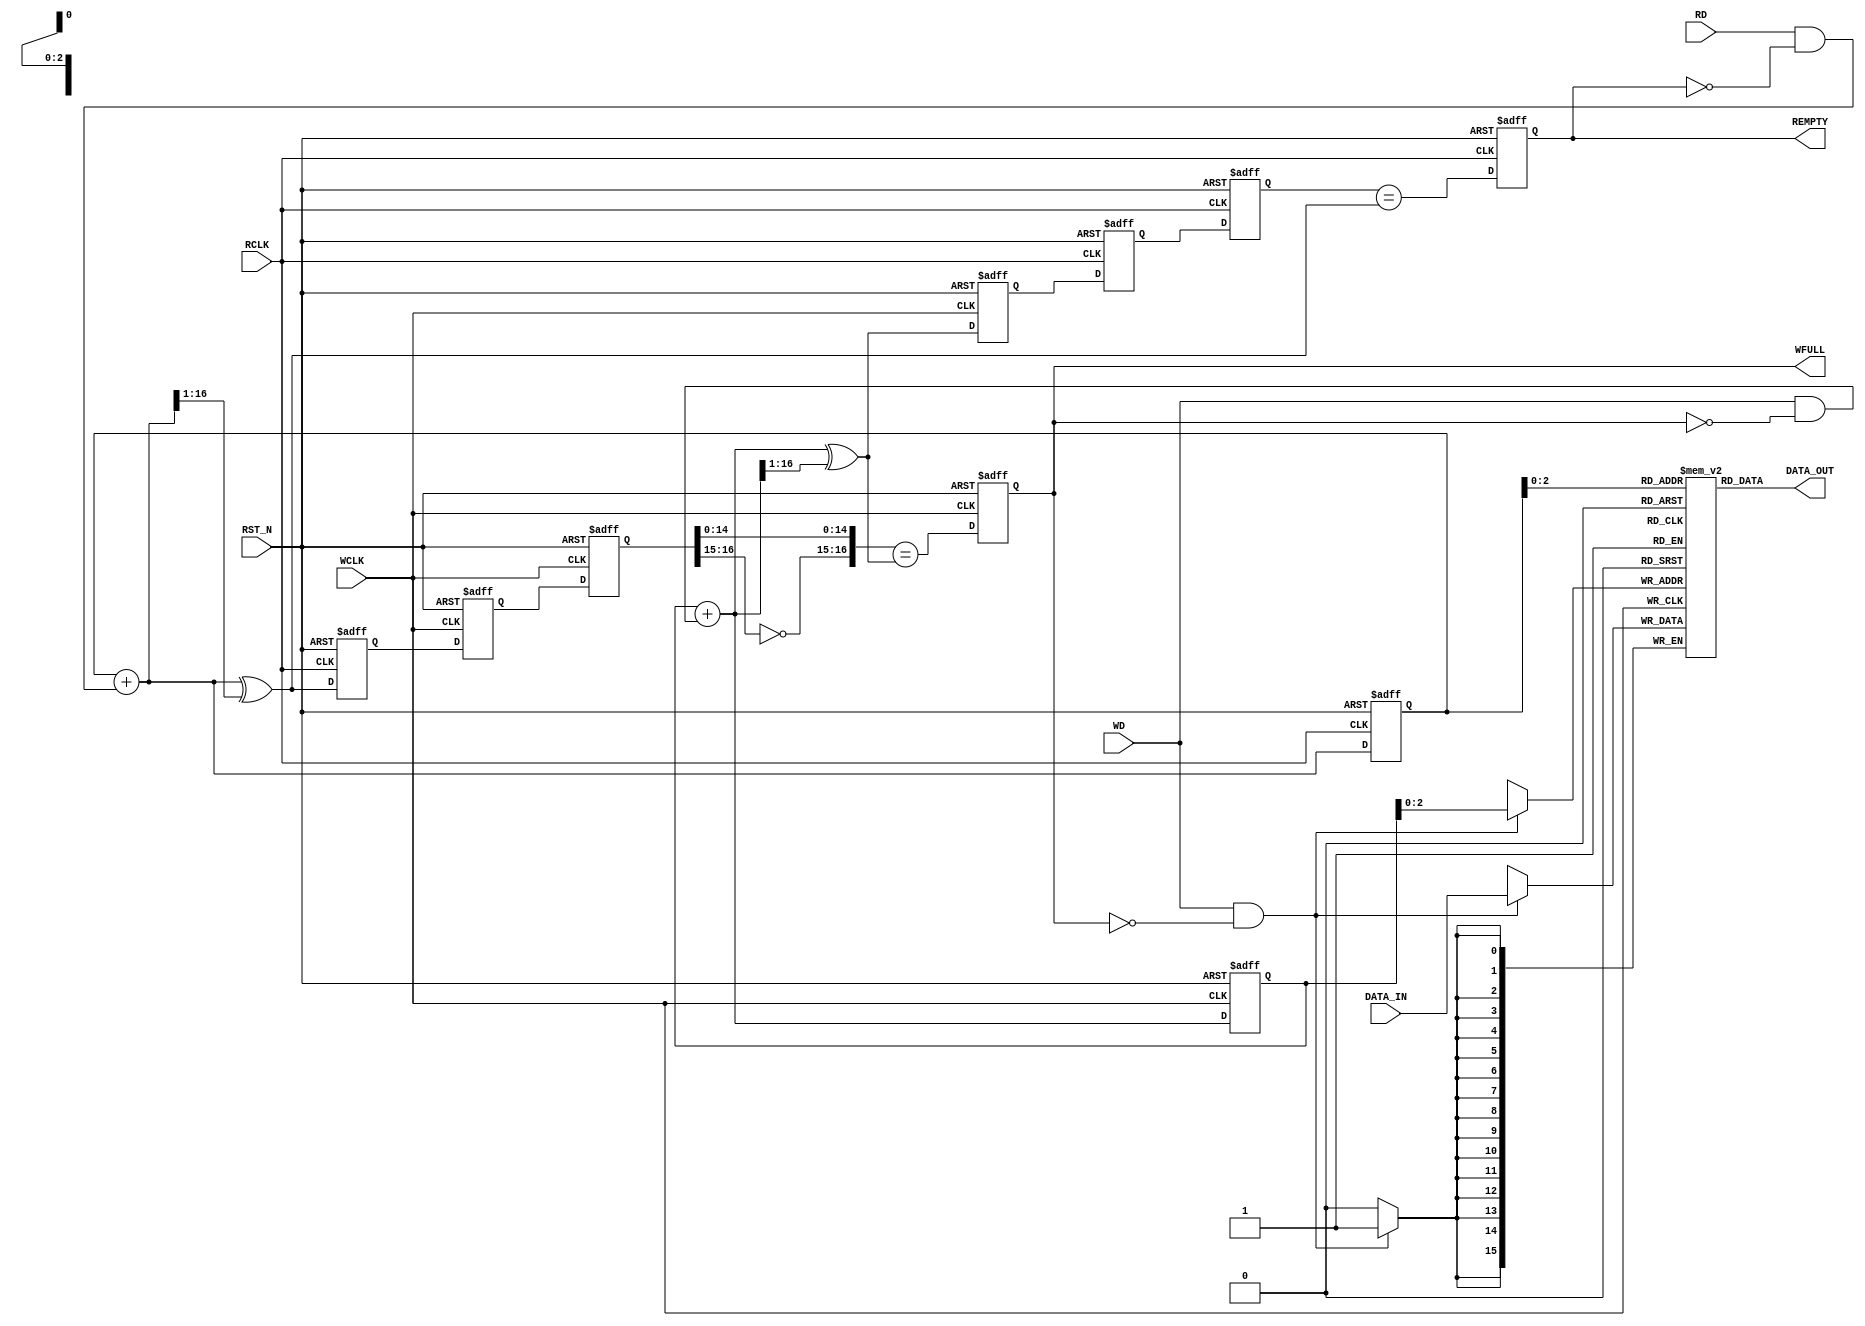
/***********************************************************
************************************************************
*   Writen by: Shilin Tian                                 *
*  Title: synchronous interface for input/output           *
************************************************************
*                                                          *
*  Description: Input frequency 250 MHz. read out in the   *
*                same width at 50 MHz. To avoid overflow,  *
*               one cycle before a new data should be      *
*	        signaled for avoiding loss of data.        *
************************************************************
*Revise history:   5/2/19      BY S.T.                     *
************************************************************
***********************************************************/

`timescale 1 ns / 1 ns
module  ASYN_FIFO(DATA_OUT, DATA_IN, WD, RD, WCLK, RCLK, WFULL, REMPTY, RST_N);
	parameter WIDTH = 16;                           // DATA SIZE
	parameter FIFO_DEPTH = 8;                       // equals to Busrt - Burst f2/f1 (50 MHz / 250 MHz) 
  
	input WCLK, RCLK, WD, RD, RST_N;                // wd -write fifo singal  rd- read fifo singal
	input [WIDTH - 1 : 0] DATA_IN;
	output [WIDTH - 1: 0] DATA_OUT;
	output WFULL, REMPTY;
	
	reg WFULL, REMPTY;
	reg [WIDTH-1:0] MEM [FIFO_DEPTH-1:0];          //FIFO MEMORY 
	wire [WIDTH-1 : 0] WADDR,RADDR;
	reg [WIDTH : 0] WB,RB;                         // wriet/read pointer in binary
	wire [WIDTH : 0] WG_next,RG_next,WB_next,RB_next;
	reg [WIDTH : 0] WP,RP;
	reg [WIDTH : 0] wr1_rp,wr2_rp,rd1_wp,rd2_wp;
	wire REMPTY_SYN,WFULL_SYN;

	//READ DATA
	assign DATA_OUT = MEM[RADDR];

	//WRITE DATA
	always@(posedge WCLK) begin 
		if((WD) && !(WFULL))
			MEM[WADDR] <= DATA_IN;
	end

	//1.generating read adderss ADDR; 2. Gray converting and give it to pointer RP
	always@(posedge RCLK or negedge RST_N) begin 
		if(!RST_N)
			{RB,RP} <= 0;
		else
			{RB,RP} <= {RB_next,RG_next};
	end
	assign RADDR = RB[WIDTH-1 : 0];
	assign RB_next = RB + (RD & ~REMPTY);
	assign RG_next = RB_next ^ (RB_next >> 1);

	//1.generating write adderss WADDR; 2.Gray converting and give it to pointer WP
	always@(posedge WCLK or negedge RST_N) begin
		if(!RST_N)
			{WB,WP} <= 0;
		else
			{WB,WP} <= {WB_next,WG_next};
	end
	assign WADDR = WB[WIDTH-1 : 0];
	assign WB_next = WB + (WD & ~WFULL);
	assign WG_next = WB_next ^ (WB_next >> 1);

	//read pointer RP syn to WCLK
	always@(posedge WCLK or negedge RST_N) begin
			if(!RST_N)
			{wr2_rp,wr1_rp} <= 0;
			else
			{wr2_rp,wr1_rp} <= {wr1_rp,RP};
	end
	//write pointer WP syn to RCLK
	always@(posedge RCLK or negedge RST_N) begin 
		if(!RST_N) 
			{rd2_wp,rd1_wp} <= 0;
		else 
			{rd2_wp,rd1_wp} <= {rd1_wp,WP};
	end
	//generating REMPTY signal
	assign REMPTY_SYN = (rd2_wp == RG_next);
	always@(posedge RCLK or negedge RST_N) begin
		if(!RST_N)
			REMPTY <= 1'b1;
		else
			REMPTY <= REMPTY_SYN;
	end
	//generating WFULL signal
	assign WFULL_SYN = ({~wr2_rp[WIDTH : WIDTH-1], wr2_rp[WIDTH-2 : 0]} == WG_next);
	always@(posedge WCLK or negedge RST_N) begin
		if(!RST_N)
			WFULL <= 1'b0;
		else
			WFULL <= WFULL_SYN;
	end
endmodule